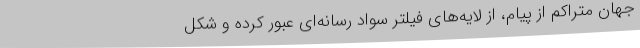
جهان متراکم از پیام، از لایه‌های فیلتر سواد رسانه‌ای عبور کرده و شکل